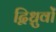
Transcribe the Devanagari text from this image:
द्विध्रुवों